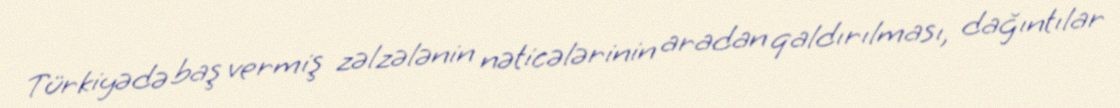
Türkiyədə baş vermiş zəlzələnin nəticələrinin aradan qaldırılması, dağıntılar